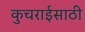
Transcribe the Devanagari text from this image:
कुचराईसाठी